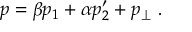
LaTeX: p = \beta p _ { 1 } + \alpha p _ { 2 } ^ { \prime } + p _ { \perp } ~ .